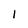
Character: l